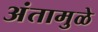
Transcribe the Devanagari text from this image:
अंतामुळे